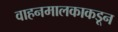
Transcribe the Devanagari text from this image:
वाहनमालकाकडून